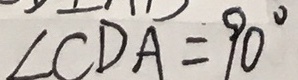
\angle C D A = 9 0 ^ { \circ }